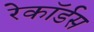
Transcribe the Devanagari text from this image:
रेकॉर्डस